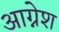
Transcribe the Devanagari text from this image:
आग्नेश